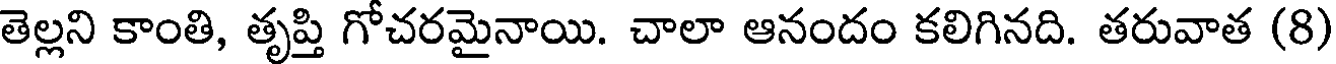
తెల్లని కాంతి, తృప్తి గోచరమైనాయి. చాలా ఆనందం కలిగినది. తరువాత (8)